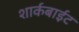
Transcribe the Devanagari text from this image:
शार्कबाईट